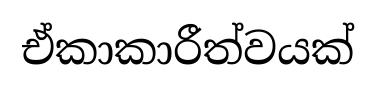
ඒකාකාරීත්වයක්